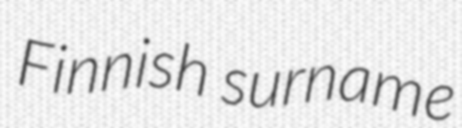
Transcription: Finnish surname